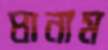
ঘানাম